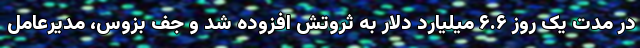
در مدت یک روز ۶.۶ میلیارد دلار به ثروتش افزوده شد و جف بزوس، مدیرعامل